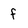
Character: f